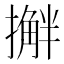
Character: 𫾅